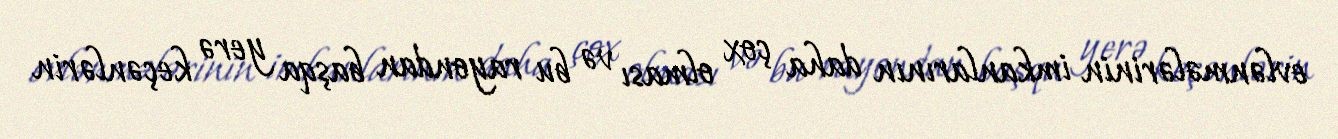
evlənmələrinin imkanlarının daha çox olması və bu rayondan başqa yerə keçənlərin